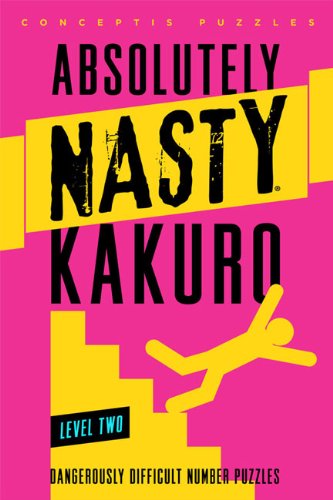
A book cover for Absolutely NastyÂ® Kakuro Level Two (Absolutely NastyÂ® Series); Conceptis Puzzles; Humor & Entertainment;